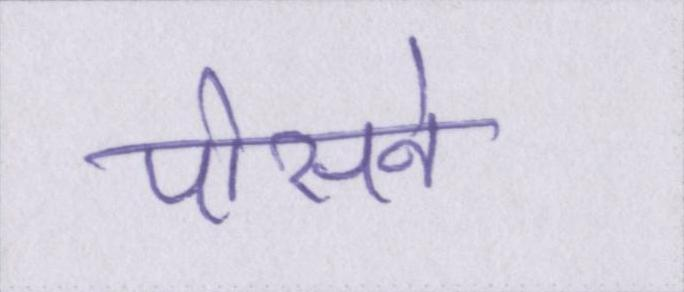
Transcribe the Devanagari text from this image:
पोसने